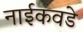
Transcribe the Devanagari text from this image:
नाईकवडे